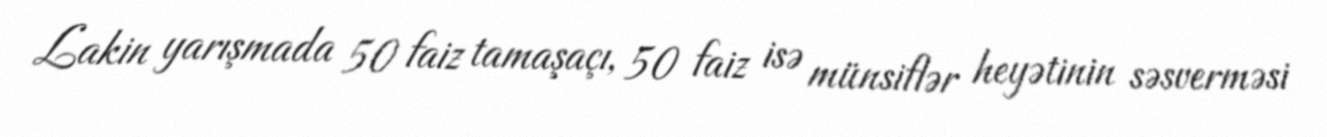
Lakin yarışmada 50 faiz tamaşaçı, 50 faiz isə münsiflər heyətinin səsverməsi